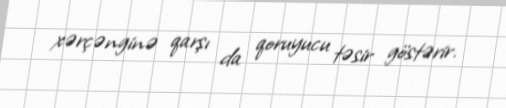
xərçənginə qarşı da qoruyucu təsir göstərir.